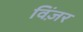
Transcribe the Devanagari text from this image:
विंज़र